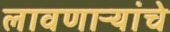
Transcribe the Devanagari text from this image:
लावणाऱ्यांचे